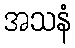
အသနံ